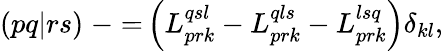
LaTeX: (pq|rs)\mathrel{-}\mathbin{=}\left(L_{prk}^{qsl}-L_{prk}^{qls}-L_{prk}^{lsq}\right)\delta_{kl},